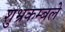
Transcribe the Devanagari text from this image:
शुभ्रकम्बले